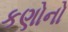
કણોનો